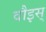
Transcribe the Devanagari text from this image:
वौइस्